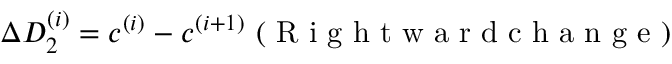
\Delta D _ { 2 } ^ { ( i ) } = c ^ { ( i ) } - c ^ { ( i + 1 ) } \mathrm { ~ ( ~ R ~ i ~ g ~ h ~ t ~ w ~ a ~ r ~ d ~ c ~ h ~ a ~ n ~ g ~ e ~ ) ~ }